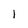
Character: 1